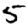
Digit: 5